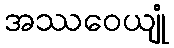
အဿဝေယျုံ